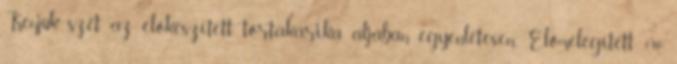
Kenjük szét az előkészített tortakarika aljában egyenletesen. Előmelegített 190